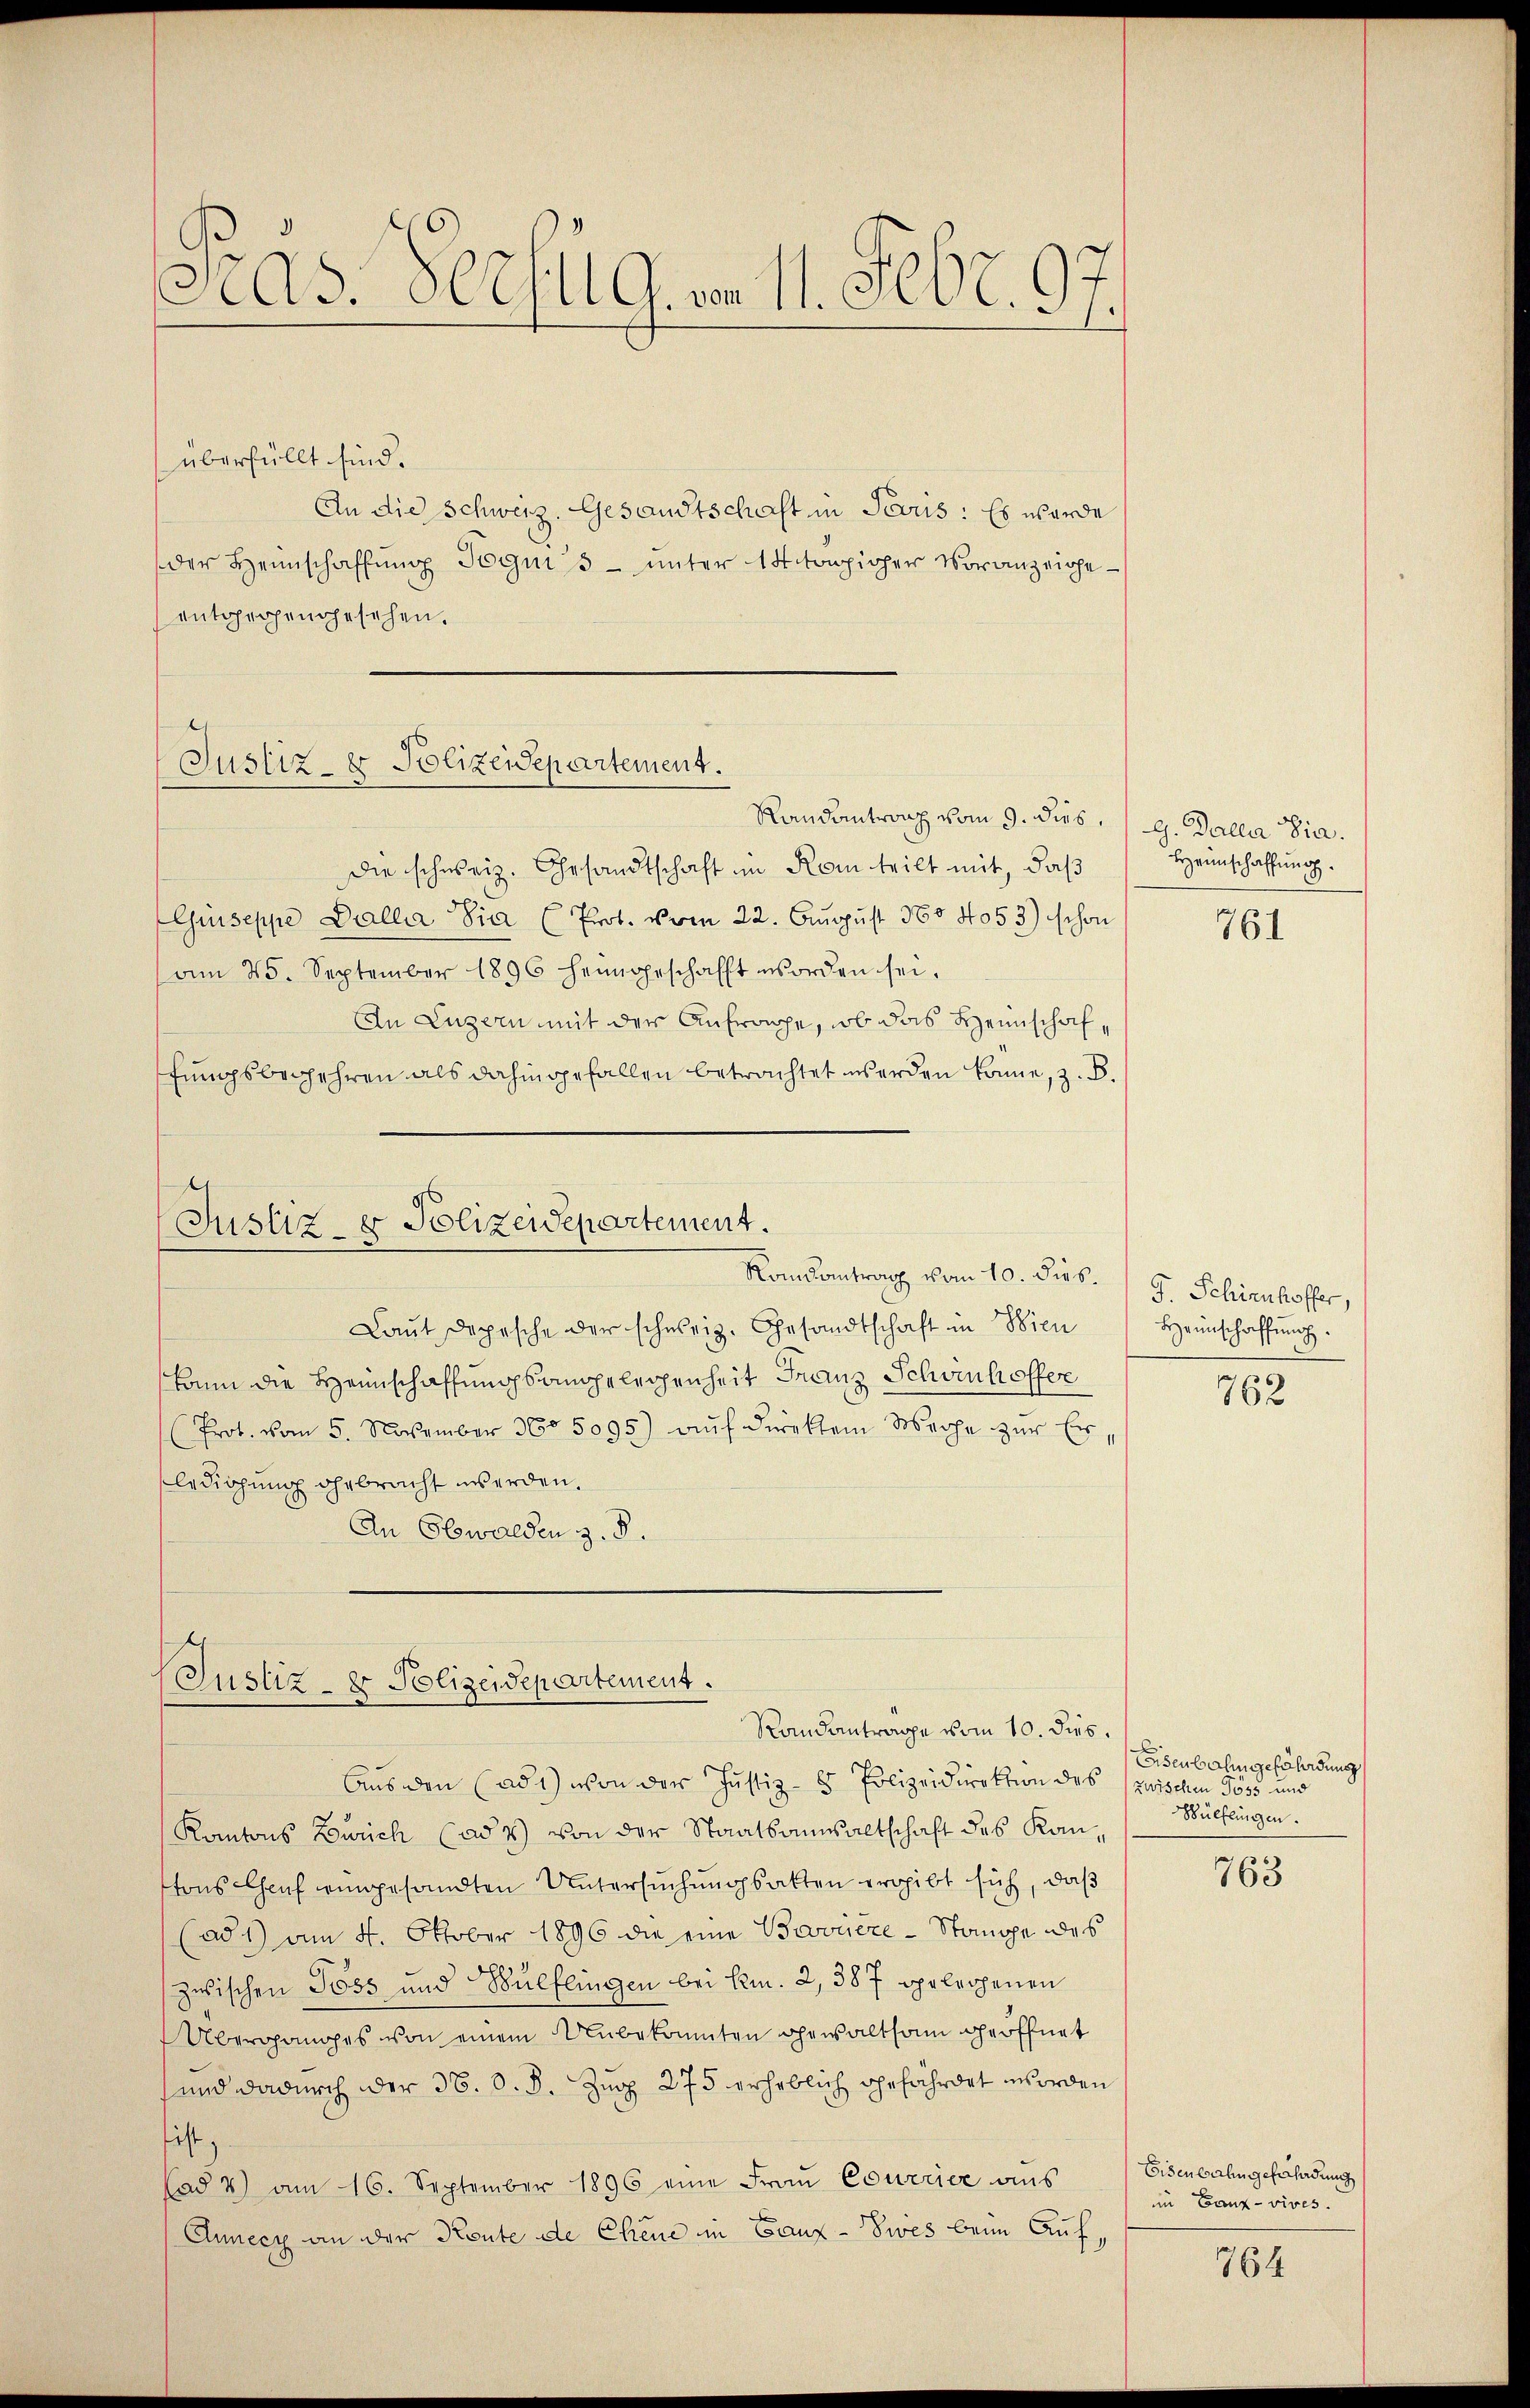
Pras. Seesug, von 11. Febr. 97.

überfüllt sind.
An die Schweiz. Gesandtschaft in Paris : Es wurde
der Heimschaffŭng Sogni 5. unter 14 toppiger Voranzeigeentgegengesehen.

Justiz- & Polizeidepartement.

Randantrag vom 9. dies, 9. Baller Dia.
Die schweiz. Gesandtschaft im Rom teilt mit, daß
Guseppe Delli sia (Prot. vom 22. August 185 4053) schon
am 25. September 1896 heimgeschafft worden sei.
An Luzern mit der Anfrage, ob das Heimschaffungsbegehren als dahingefallen betrachtet werden könne, z. B.
Justiz & Polizeidepartement.
Rondantrag vom 10. dies. G. Schirnhoffer,
Laut Depesche der schweiz. Gesandtschaft in Wien
kann die Hannschaffungsangelegenheit Franz Schwinhoffer
(Prot. vom 5. November 360 5095) aŭf direkten Meche zŭr Erledigung gebracht werden.
An Obwalden z. B.

Justiz- & Polizeidepartement.
Randantrage vom 10. dies

Aus den (ad1) von der Justiz- & Polizeidirektion des zwischen Poss und
Kantons Zürich (adt) von der Staatsanwaltschaft des Kantons Chauf eingesandten Untersuchungsakten ergibt sich, daß
(ad 1) am 4. Oktober 1896 die eine Broviere Stange des
zwischen Toss und Wülflingen bei kn. 2, 387 gelesenen
Überganges von einem Unbekannten Gewaltsam geöffnet
und dadurch der 36. d. d. Zug 275 erheblich gefährdet worden
ist,
(ad 2) am 16. September 1896 eine Fraŭ Courrier aus
Annecz an der Konte de Chene in Ganz - Dies beim Auf¬

Heimschaffung.

761

Heinschaffung.

762

Eisenbahn gefährdung
Wülflingen.

763

Eisenbahn gefährdung
im Bank-vives.

764